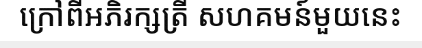
ក្រៅពីអភិរក្សត្រី សហគមន៍មួយនេះ